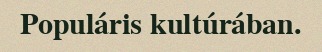
Populáris kultúrában.